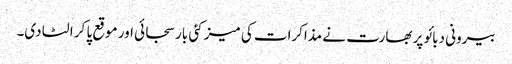
بیرونی دبائو پر بھارت نے مذاکرات کی میز کئی بار سجائی اور موقع پا کر الٹا دی۔